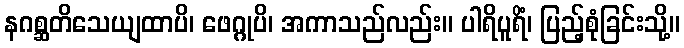
နဂစ္ဆတိသေယျထာပိ၊ ဖေဂ္ဂုပိ၊ အကာသည်လည်း။ ပါရိပူရိံ၊ ပြည့်စုံခြင်းသို့။